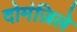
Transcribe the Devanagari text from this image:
दोमंज़िले